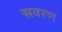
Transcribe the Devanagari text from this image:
सवरण